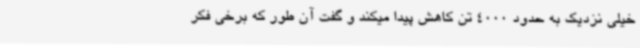
خیلی نزدیک به حدود 4000 تن کاهش پیدا میکند و گفت آن طور که برخی فکر